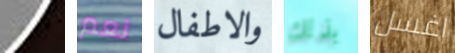
نسمعه نعم والاطفال بذلك اغسل